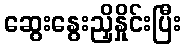
ဆွေးနွေးညှိနှိုင်းပြီး